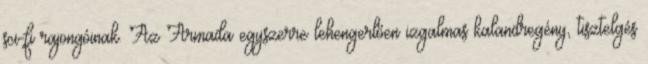
sci-fi rajongóinak. Az Armada egyszerre lehengerlően izgalmas kalandregény, tisztelgés